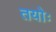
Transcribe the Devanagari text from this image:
तयोः